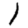
Digit: 1